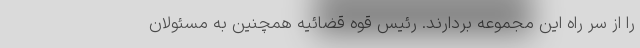
را از سر راه این مجموعه بردارند. رئیس قوه قضائیه همچنین به مسئولان